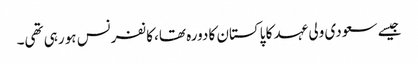
جیسے سعودی ولی عہد کا پاکستان کا دورہ تھا، کانفرنس ہو رہی تھی۔